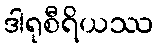
ဒါရုစီရိယဿ